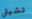
تشبثي